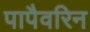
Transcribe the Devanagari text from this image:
पापैवरिन